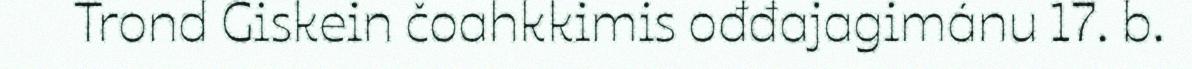
Trond Giskein čoahkkimis ođđajagimánu 17. b.